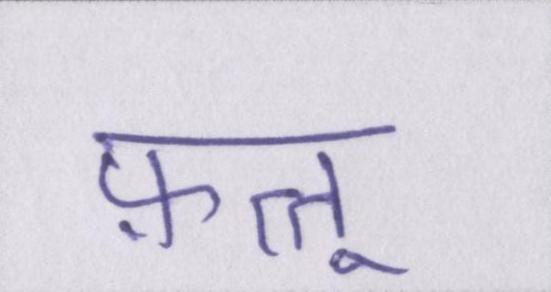
फ़त्तू